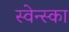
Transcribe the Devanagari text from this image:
स्वेन्स्का